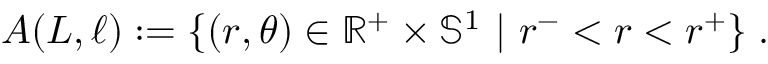
A ( L , \ell ) : = \{ ( r , \theta ) \in \mathbb { R } ^ { + } \times \mathbb { S } ^ { 1 } \ | \ r ^ { - } < r < r ^ { + } \} \; .